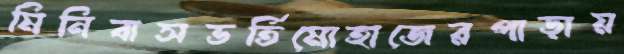
মিনিবাসভর্তিমোহাজেরপাড়ায়